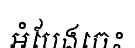
អំបែងចេះ